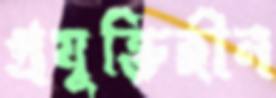
প্রযুক্তিহীন